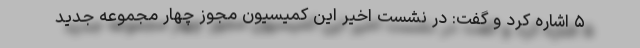
۵ اشاره کرد و گفت: در نشست اخیر این کمیسیون مجوز چهار مجموعه جدید